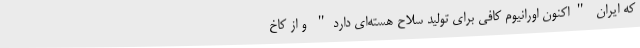
که ایران "اکنون اورانیوم کافی برای تولید سلاح هسته‌ای دارد" و از کاخ